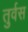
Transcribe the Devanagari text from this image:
तुर्वस